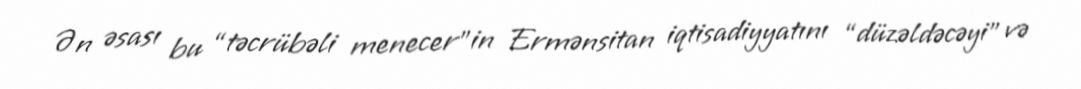
Ən əsası bu “təcrübəli menecer”in Ermənsitan iqtisadiyyatını “düzəldəcəyi” və